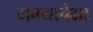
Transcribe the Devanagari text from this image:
मक्यापेक्षा